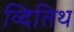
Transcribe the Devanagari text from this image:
व्दितिथ